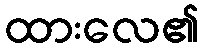
ထားလေ၏